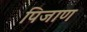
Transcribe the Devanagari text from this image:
पिजाण